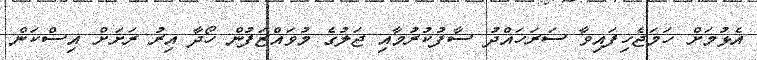
އެޅުމަށް ހަމަޖެހިފައިވާ ސަރަހައްދު ސާފުކުރުމާއި ޖަލުގެ މުވައްޒަފުން ހޯދާ އިރު ރަށަށް އިސްކަން